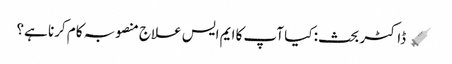
﻿ 💉 ڈاکٹر بحث: کیا آپ کا ایم ایس علاج منصوبہ کام کرنا ہے؟